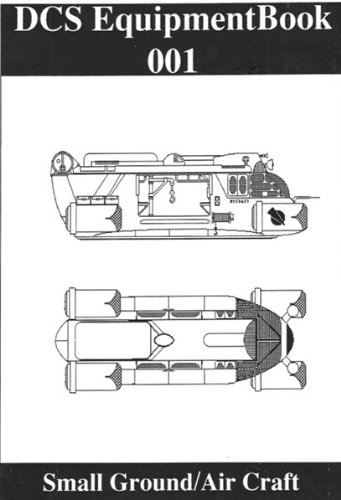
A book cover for DCS Ship Book 3 (DCS Roleplaying); Jeff  Copeland; Science Fiction & Fantasy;